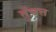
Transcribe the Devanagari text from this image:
तुँचत्त